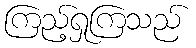
ကြည့်ရှုကြသည်